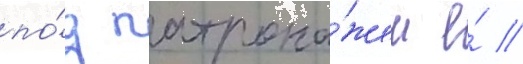
по́д патрона́жем е́ //